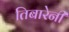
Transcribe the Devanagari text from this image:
तिबारेनी